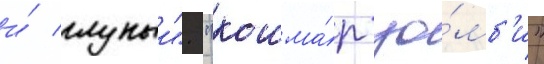
и́ глупыи". "кошма́р зо́мб'и"